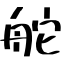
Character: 舵